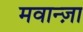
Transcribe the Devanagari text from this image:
मवान्ज़ा